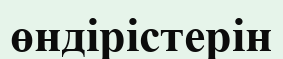
өндірістерін